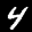
Label: 4